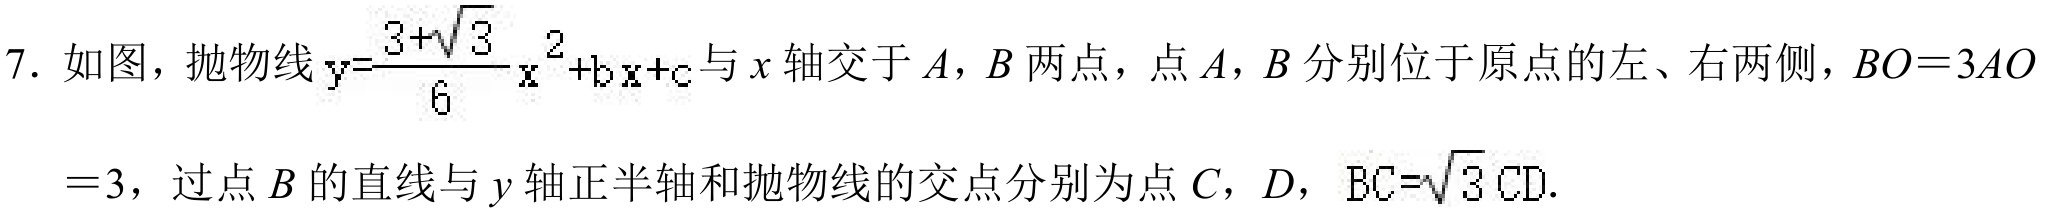
7. 如图，抛物线\(y = \frac{3 + \sqrt{3}}{6}x^{2}+bx + c\)与\(x\)轴交于\(A\)，\(B\)两点，点\(A\)，\(B\)分别位于原点的左、右两侧，\(BO = 3AO\)
\(= 3\)，过点\(B\)的直线与\(y\)轴正半轴和抛物线的交点分别为点\(C\)，\(D\)，\(BC = \sqrt{3}CD\).